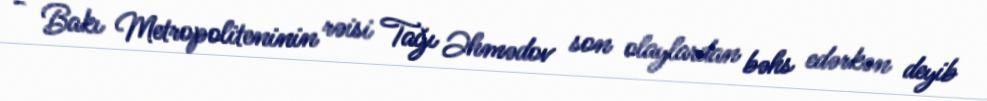
- Bakı Metropoliteninin rəisi Tağı Əhmədov son olaylardan bəhs edərkən deyib